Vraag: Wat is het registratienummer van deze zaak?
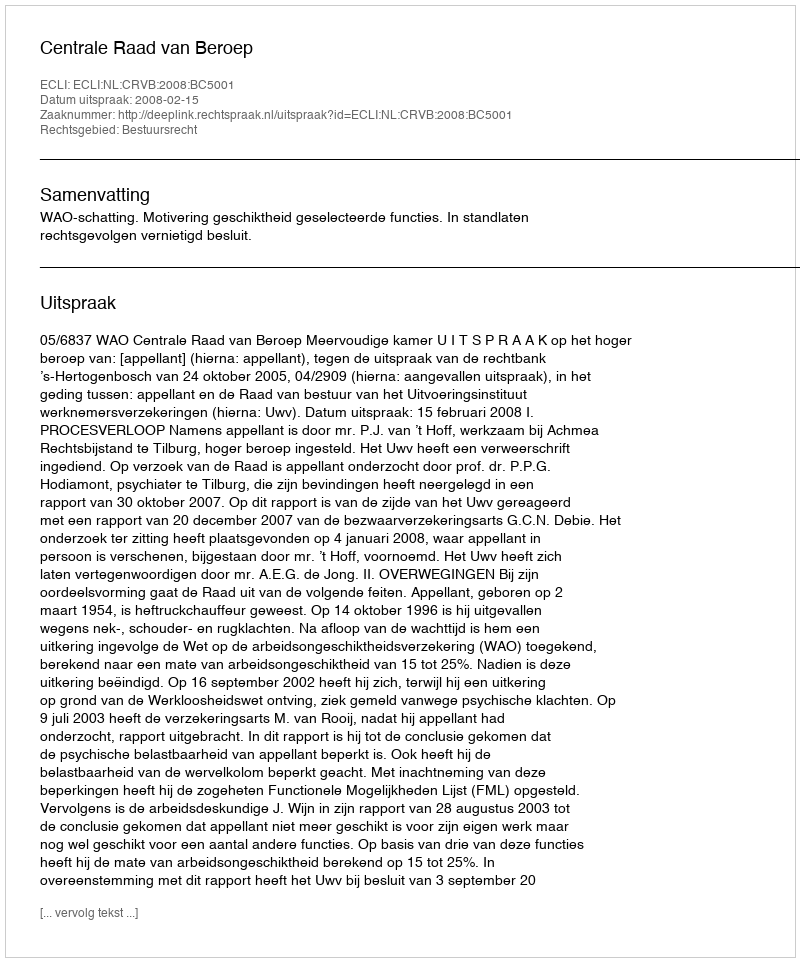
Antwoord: http://deeplink.rechtspraak.nl/uitspraak?id=ECLI:NL:CRVB:2008:BC5001